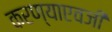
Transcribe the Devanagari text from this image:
करण्याएवजी